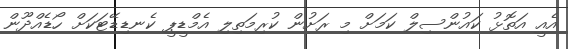
އެއީ އަތޮޅު ކައުންސިލް ކަމަށް މި ރަށުން ކުރިމަތިލި އެމްޑީޕީ ކެނޑިޑޭޓަކަށް ހޯޑެއްދޫން